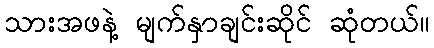
သားအဖနဲ့ မျက်နှာချင်းဆိုင် ဆုံတယ်။